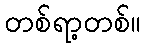
တစ်ရာ့တစ်။